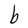
Character: b